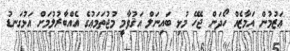
ޢަޒުމުން އަމާޒެއް ހޯދަން ޖެހޭ މުޅި ބައިނަލް އަޤުވާމީ މުޖުތަމަޢުގެ އެއްބާރުލުމަށް އަޅުގަނޑު